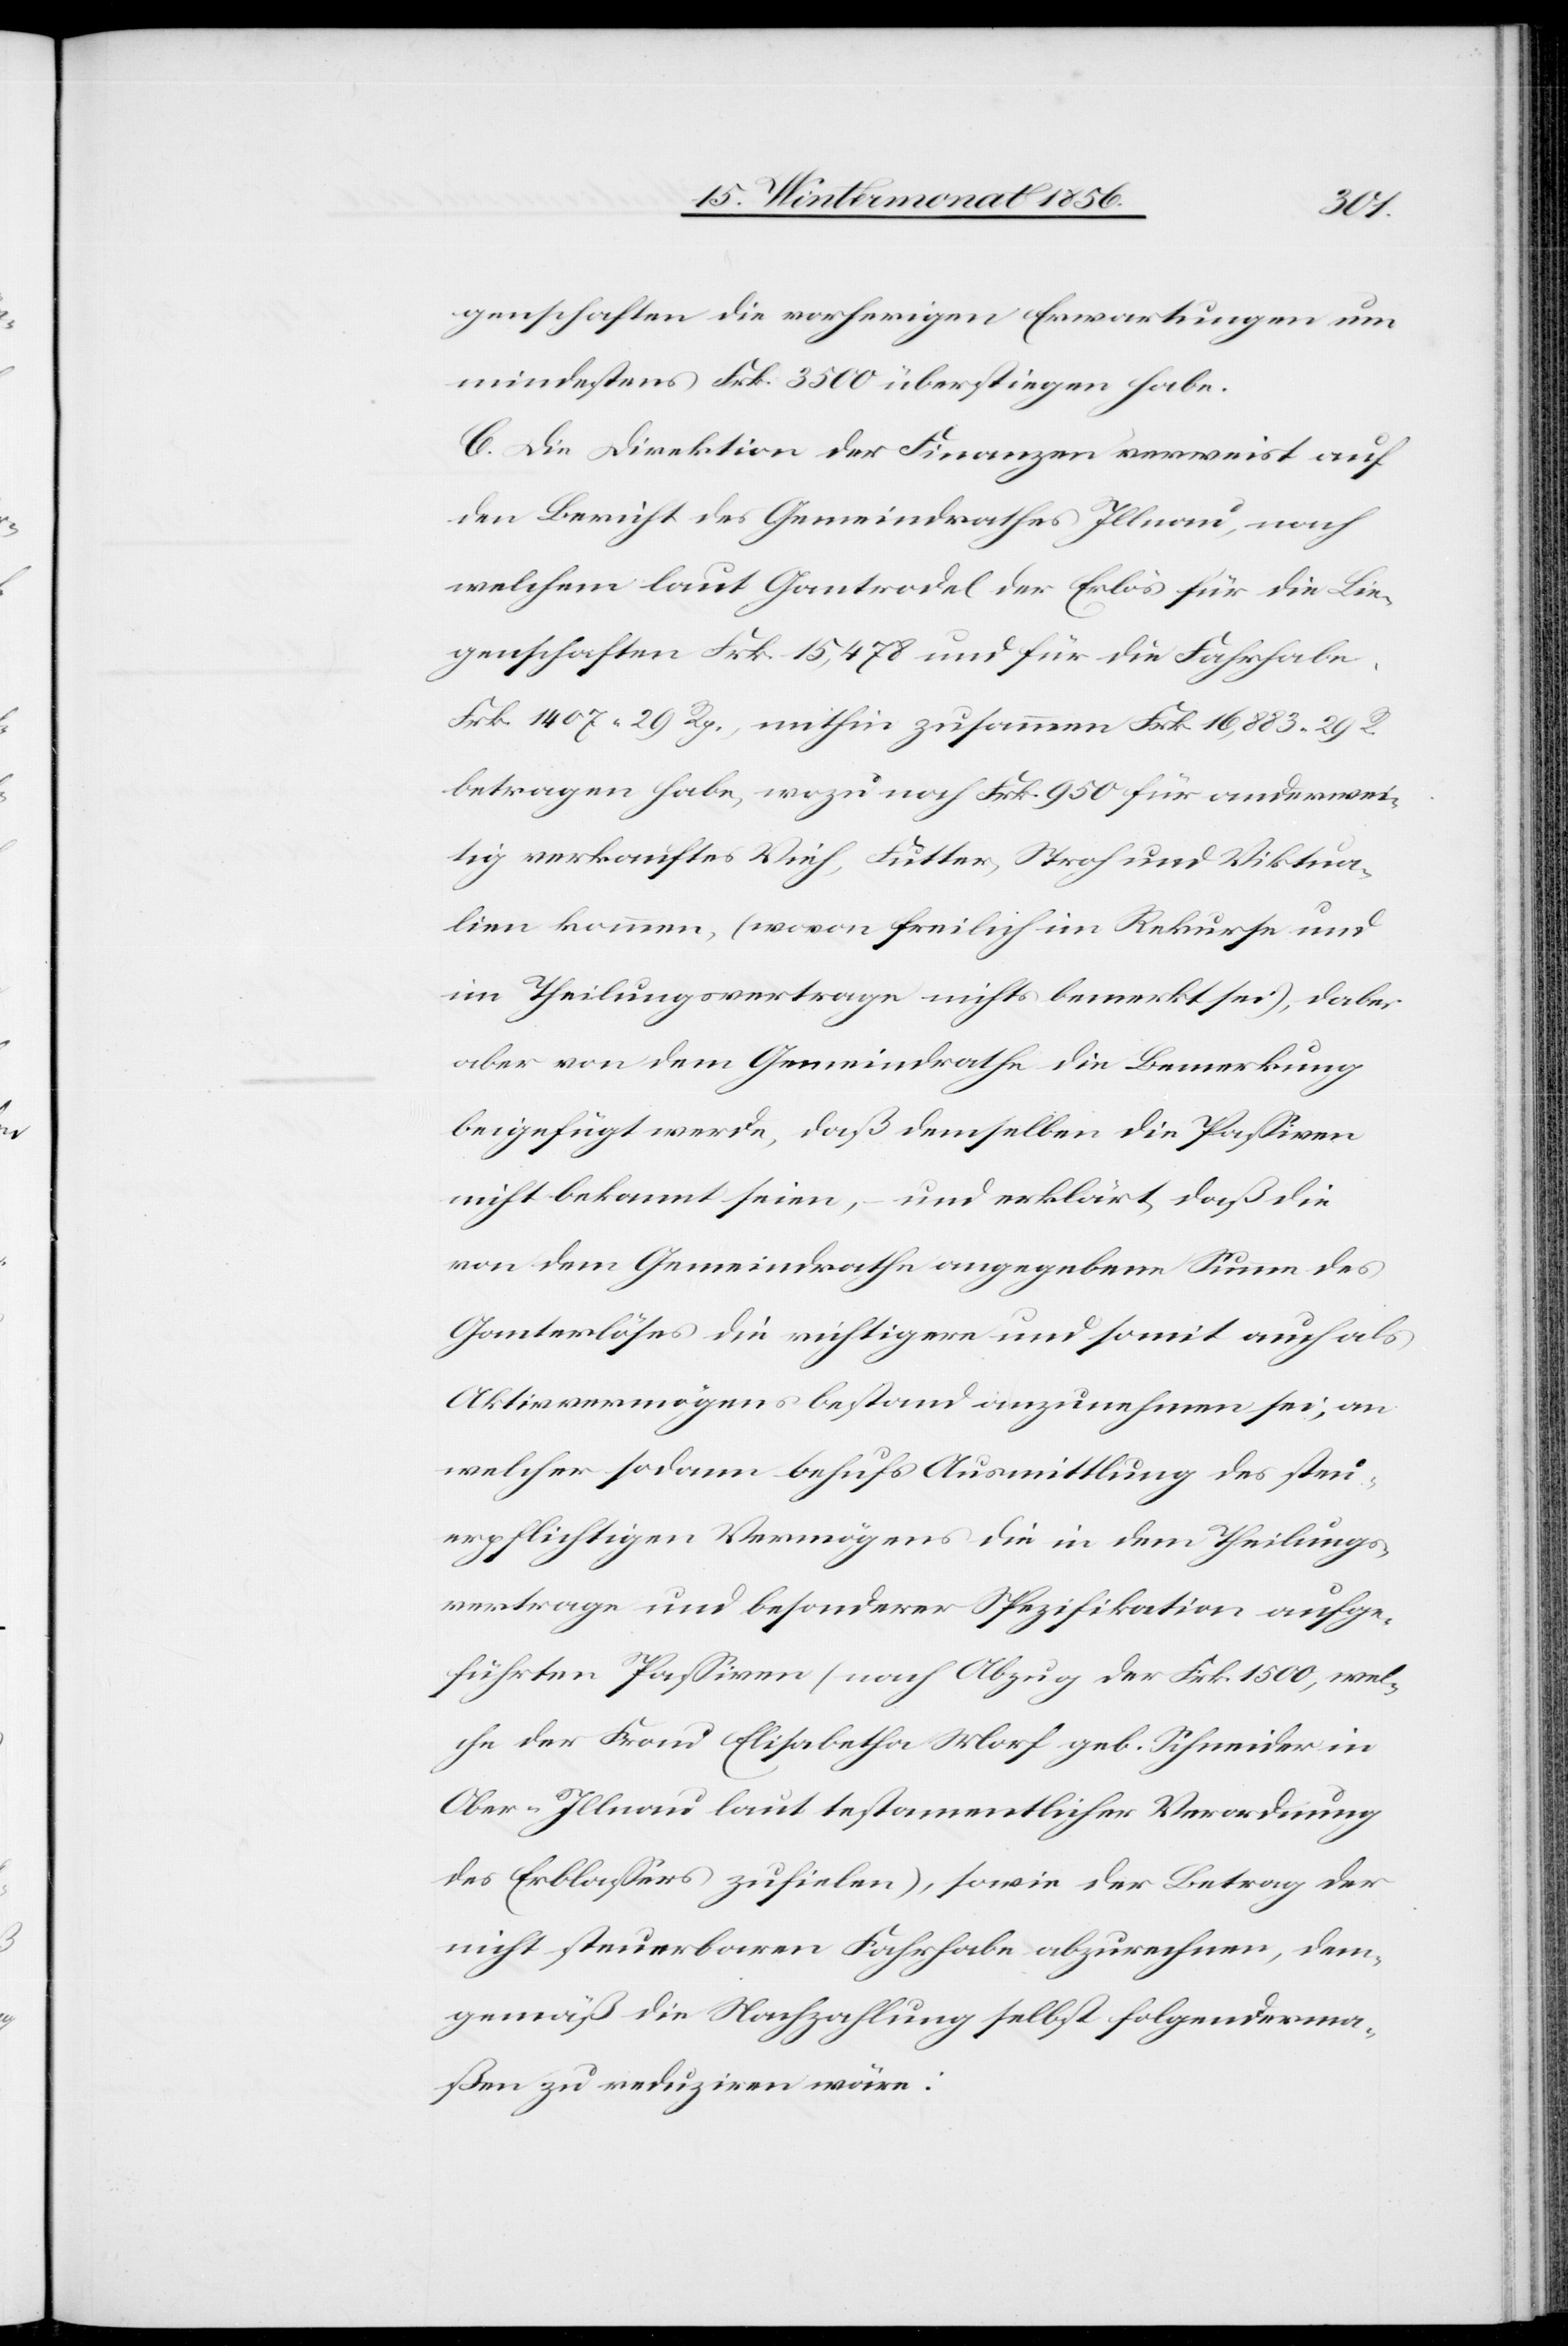
genschaften die vorherigen Erwartungen um
mindestens Frk. 3500 überstiegen habe.
C. Die Direktion der Finanzen verweist auf
den Bericht des Gemeindrathes Illnau, nach
welchem laut Gantrodel der Erlös für die Lie¬
genschaften Frk. 15,478 und für die Fahrhabe
Frk. 1407. 29 Rp., mithin zusammen Frk. 16,883. 29
betragen habe, wozu noch Frk. 950 für anderwei¬
tig verkauftes Vieh, Futter, Stroh und Viktua¬
lien kommen, (wovon freilich im Rekurse und
im Theilungsvertrage nichts bemerkt sei), dabei
aber von dem Gemeindrathe die Bemerkung
beigefügt werde, daß demselben die Passiven
nicht bekannt seien, – und erklärt, daß die
von dem Gemeindrathe angegebene Summe des
Ganterlöses die richtigere und somit auch als
Aktivvermögensbestand anzunehmen sei, an
welcher sodann behufs Ausmittlung des steu¬
erpflichtigen Vermögens die in dem Theilungs¬
vertrage und besonderer Spezifikation aufge¬
führten Passiven (nach Abzug der Frk. 1500, wel¬
che der Frau Elisabetha Morf geb. Schneider in
Ober-Illnau laut testamentlicher Verordnung
des Erblassers zufielen), sowie der Betrag der
nicht steuerbaren Fahrhabe abzurechnen, dem¬
gemäß die Nachzahlung selbst folgenderma¬
ßen zu reduziren wäre: